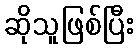
ဆိုသူဖြစ်ပြီး